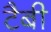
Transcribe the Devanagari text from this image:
टैबी